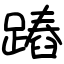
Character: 蹖